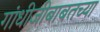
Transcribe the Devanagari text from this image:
गांधीजीबाबतच्या